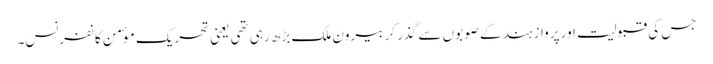
جس کی قبولیت اور پرواز ہند کے صوبوں سے گذر کر بیرون ملک بڑھ رہی تھی یعنی تحریک موٴمن کانفرنس۔